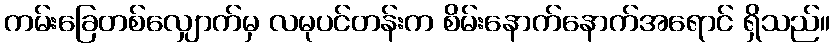
ကမ်းခြေတစ်လျှောက်မှ လမုပင်တန်းက စိမ်းနောက်နောက်အရောင် ရှိသည်။